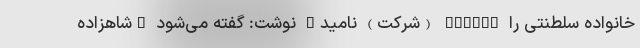
خانواده سلطنتی را "Firm" (شرکت) نامید" نوشت: گفته می‌شود "شاهزاده